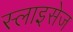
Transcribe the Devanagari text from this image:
स्लाइसेज